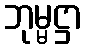
ဘုမ္မဋ္ဌာ